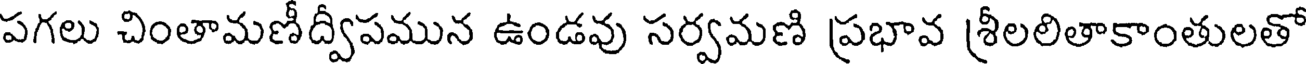
పగలు చింతామణీద్వీపమున ఉండవు సర్వమణి ప్రభావ శ్రీలలితాకాంతులతో